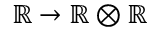
\mathbb { R } \rightarrow \mathbb { R } \otimes \mathbb { R }